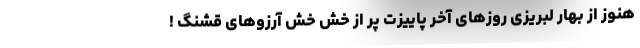
هنوز از بهار لبریزی روزهای آخر پاییزت پر از خش خش آرزوهای قشنگ !